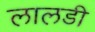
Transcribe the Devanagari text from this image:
लालडी